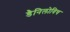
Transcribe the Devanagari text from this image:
डैनिलोविच